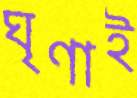
ঘৃণাই